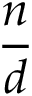
\frac { n } { d }